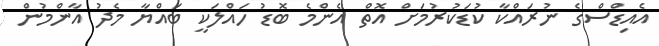
އެއިޑްސްގެ ނުރައްކާ ކުޑަކުރުމަށް އޮތް އެންމެ ބޮޑު ހައްލަކީ ބައްޔާ މެދު އާންމުން